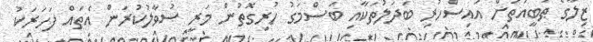
ޒިލާގެ ޠަބީއަތަށް އައިސްހުރި ބަދަލުތަކާއި ބަސްމަގު ހުރިގޮތުން މަރީ ސުވާލުކުރަން އެތައް ފަހަރަކު